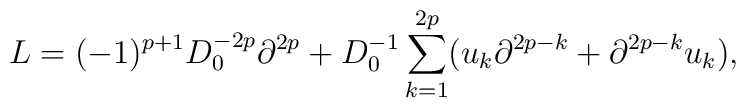
L=(-1)^{p+1}D_0^{-2p}\partial^{2p}+D_0^{-1}\sum_{k=1}^{2p}(u_k\partial^{2p-k}+\partial^{2p-k}u_k),